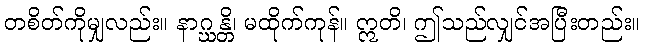
တစိတ်ကိုမျှလည်း။ နာဂ္ဃန္တိ၊ မထိုက်ကုန်။ ဣတိ၊ ဤသည်လျှင်အပြီးတည်း။